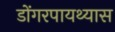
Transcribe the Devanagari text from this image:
डोंगरपायथ्यास